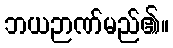
ဘယဉာဏ်မည်၏။